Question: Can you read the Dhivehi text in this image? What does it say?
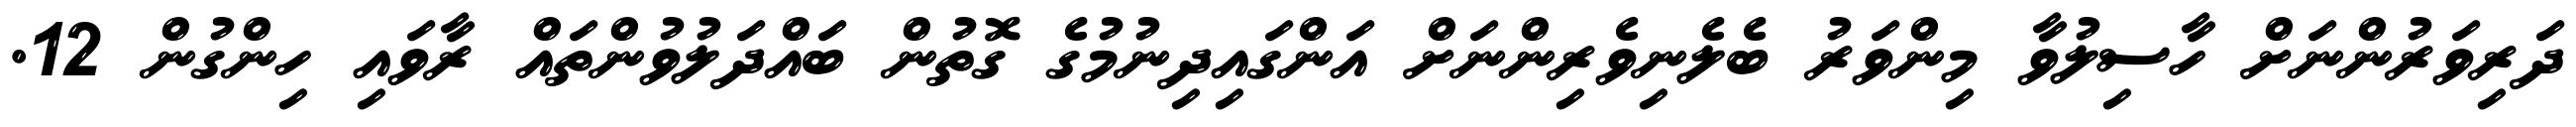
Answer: ދަރިވަރުންނަށް ހާސިލުވާ މިންވަރު ބެލެނިވެރިންނަށް އަންގައިދިނުމުގެ ގޮތުން ބައްދަލުވުންތައް ރާވައި ހިންގުން 12.